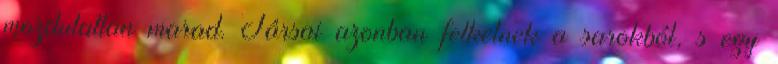
mozdulatlan marad. Társai azonban felkelnek a sarokból, s egy